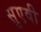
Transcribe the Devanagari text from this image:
सुएवी